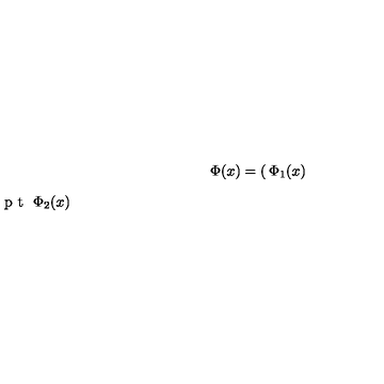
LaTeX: \Phi ( x ) = \left( { \begin{matrix} { \Phi _ { 1 } ( x ) } \\ { \noalign { \vskip 3 p t } \Phi _ { 2 } ( x ) } \\ \end{matrix} } \right)